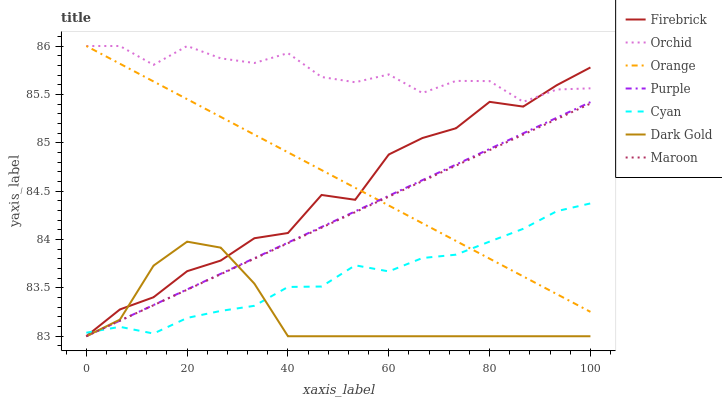
| xaxis_label | Firebrick | Orchid | Orange | Purple | Cyan | Dark Gold | Maroon |
 | --- | --- | --- | --- | --- | --- | --- | --- |
 | 0 | 83 | 86 | 86 | 83 | 83 | 83 | 83 |
 | 6.67 | 83.3 | 86 | 85.8 | 83.2 | 83.1 | 83.2 | 83.2 |
 | 13.3 | 83.4 | 85.8 | 85.6 | 83.3 | 83 | 83.7 | 83.3 |
 | 20 | 83.7 | 86 | 85.5 | 83.5 | 83.2 | 84 | 83.5 |
 | 26.7 | 83.8 | 85.9 | 85.3 | 83.6 | 83.3 | 83.9 | 83.6 |
 | 33.3 | 84 | 85.8 | 85.1 | 83.8 | 83.3 | 83.5 | 83.8 |
 | 40 | 84.1 | 85.9 | 84.9 | 84 | 83.5 | 83 | 84 |
 | 46.7 | 84.5 | 85.7 | 84.7 | 84.1 | 83.5 | 83 | 84.1 |
 | 53.3 | 84.4 | 85.6 | 84.5 | 84.3 | 83.7 | 83 | 84.3 |
 | 60 | 84.9 | 85.7 | 84.4 | 84.5 | 83.7 | 83 | 84.4 |
 | 66.7 | 85 | 85.5 | 84.2 | 84.6 | 83.8 | 83 | 84.6 |
 | 73.3 | 85.1 | 85.6 | 84 | 84.8 | 83.8 | 83 | 84.8 |
 | 80 | 85.4 | 85.6 | 83.8 | 84.9 | 84 | 83 | 84.9 |
 | 86.7 | 85.4 | 85.4 | 83.6 | 85.1 | 84.1 | 83 | 85.1 |
 | 93.3 | 85.6 | 85.6 | 83.4 | 85.3 | 84.3 | 83 | 85.2 |
 | 100 | 85.8 | 85.6 | 83.3 | 85.4 | 84.4 | 83 | 85.4 |